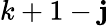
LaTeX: k+1-\mathbf{j}